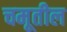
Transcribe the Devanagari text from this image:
चमूतील